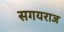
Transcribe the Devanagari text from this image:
सगयराज